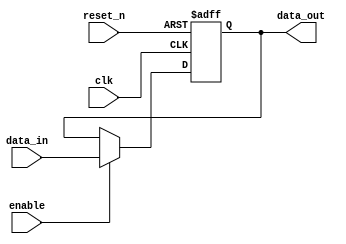
module memory_block (
    input wire clk,                // Clock input from clock gating logic
    input wire reset_n,            // Asynchronous active-low reset
    input wire [31:0] data_in,     // Data input
    output reg [31:0] data_out,    // Data output
    input wire enable               // Enable signal for clock gating
);

// Asynchronous reset logic
always @(posedge clk or negedge reset_n) begin
    if (!reset_n) begin
        data_out <= 32'b0;         // Reset output to 0
    end else if (enable) begin
        data_out <= data_in;       // Store data when enabled
    end
end

endmodule